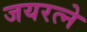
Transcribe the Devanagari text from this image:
जयरत्ने